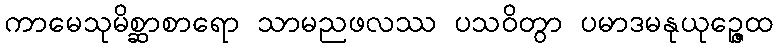
ကာမေသုမိစ္ဆာစာရော သာမညဖလဿ ပသဝိတွာ ပမာဒမနုယုဉ္ဇေထ